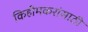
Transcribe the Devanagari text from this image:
किहीमकरांसाठी